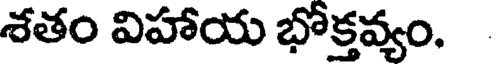
శతం విహాయ భోక్తవ్యం.